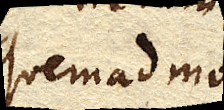
Quemadmo–